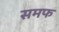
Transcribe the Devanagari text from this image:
समफ